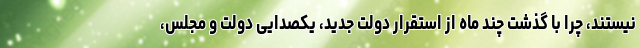
نیستند، چرا با گذشت چند ماه از استقرار دولت جدید، یکصدایی دولت و مجلس،